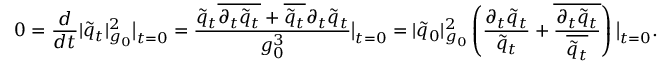
0 = \frac { d } { d t } | \tilde { q } _ { t } | _ { g _ { 0 } } ^ { 2 } \big | _ { t = 0 } = \frac { \tilde { q } _ { t } \overline { { \partial _ { t } { \tilde { q } } _ { t } } } + \overline { { \tilde { q } _ { t } } } { \partial _ { t } { \tilde { q } } _ { t } } } { g _ { 0 } ^ { 3 } } \big | _ { t = 0 } = | \tilde { q } _ { 0 } | _ { g _ { 0 } } ^ { 2 } \left( \frac { \partial _ { t } \tilde { q } _ { t } } { \tilde { q } _ { t } } + \overline { { \frac { \partial _ { t } \tilde { q } _ { t } } { \overline { { \tilde { q } _ { t } } } } } } \right) \big | _ { t = 0 } .